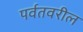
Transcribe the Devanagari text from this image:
पर्वतवरील